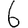
Digit: 6